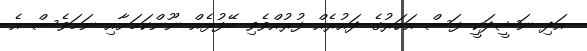
އަދި ނަޝީދަކީ ފަސް އަހަރުގެ ދައުރެއް ފުރުއްވެވި ބޭފުޅެއް ނޫންކަމަށާއި ނަމަވެސް އެ